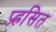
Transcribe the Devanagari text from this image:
प्र्ह्रसित